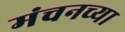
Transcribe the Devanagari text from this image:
मंचनच्या